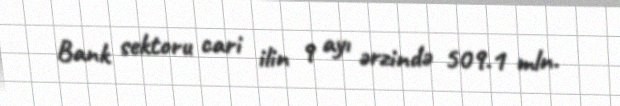
Bank sektoru cari ilin 9 ayı ərzində 509.1 mln.